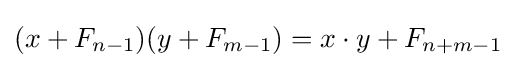
(x+F_{n-1})(y+F_{m-1})=x\cdot y+F_{n+m-1}